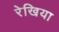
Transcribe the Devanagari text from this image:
रेखिया